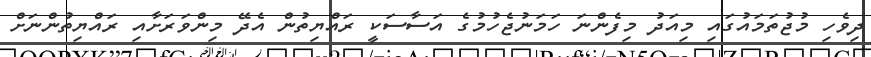
ދިވެހި މުޖުތަމައުގައި މިއަދު މިފެންނަ ހަމަނުޖެހުމުގެ އަސާސަކީ ރައްޔިތުން އެދޭ މިންވަރަށާއި ރައްޔިތުންނަށް